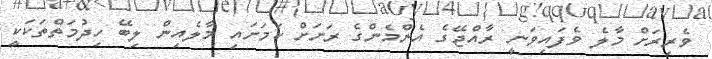
ވެރިރަށް މާލެ ވެފައިވަނީ ރާއްޖޭގެ އެންމެންގެ ރަށަށް ކަމަށައި މާލެއިން ލިބޭ ހިދުމަތްތަކަކީ